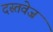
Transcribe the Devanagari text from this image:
दस्तवेज